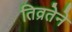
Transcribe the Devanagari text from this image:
तिव्रतेने